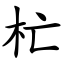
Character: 杧